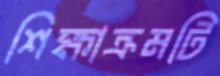
শিক্ষাক্রমটি